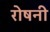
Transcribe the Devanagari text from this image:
रोषनी